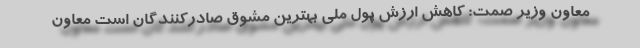
معاون وزیر صمت: کاهش ارزش پول ملی بهترین مُشوق صادرکنندگان است معاون